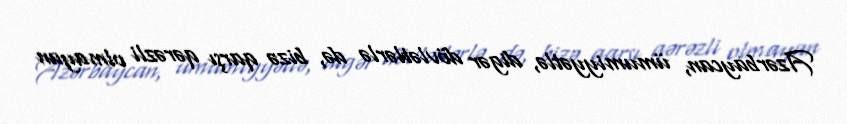
Azərbaycan, ümumiyyətlə, digər dövlətlərlə də, bizə qarşı qərəzli olmayan